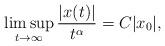
LaTeX: \begin{align*} \limsup\limits_{t\rightarrow\infty}\frac{|x(t)|}{t^\alpha}=C|x_0|,\end{align*}